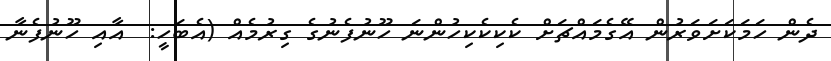
ދެން ހަމަކަށަވަރުން އޭގެމައްޗަށް ކެކިކެކިހުންނަ ހޫނުފެނުގެ ގިރުމެއް (އެބަހީ:  އާއި ހޫނުފެނާ